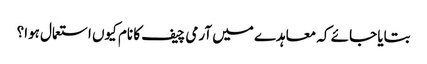
بتایا جائے کہ معاہدے میں آرمی چیف کا نام کیوں استعمال ہوا؟